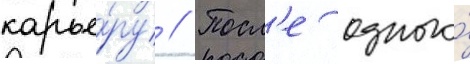
карье́ру // Посл'е одного́